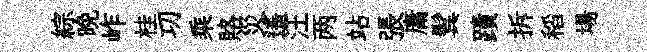
綜晚岞桂㓛乘賂災遥汪两站張庸鬂蹟拆稻場